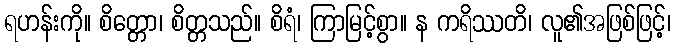
ရဟန်းကို။ စိတ္တော၊ စိတ္တသည်။ စိရံ၊ ကြာမြင့်စွာ။ န ကရိဿတိ၊ လူ၏အဖြစ်ဖြင့်၊